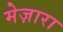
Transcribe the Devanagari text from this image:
मेज़ारा